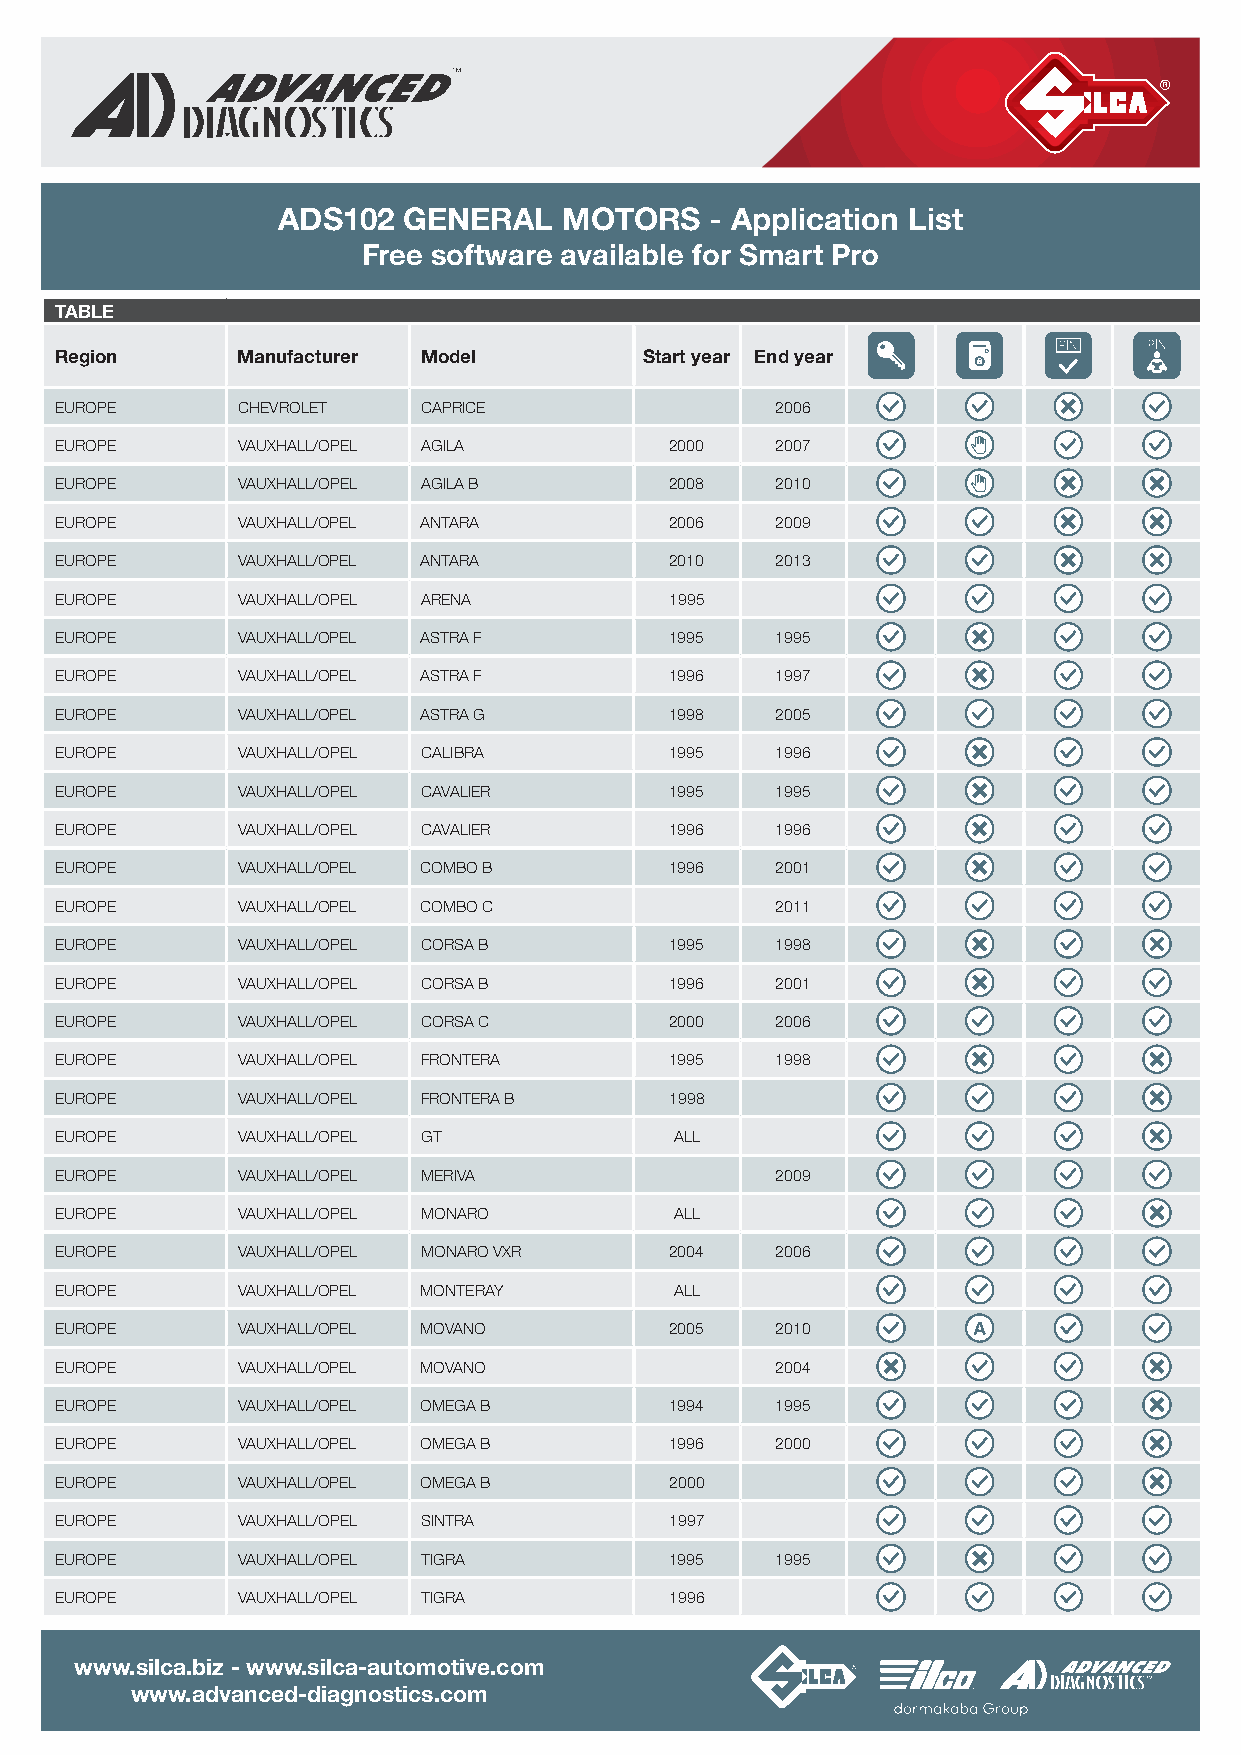
ADS102   GENERAL   MOTORS    - Application List
 Free software available for Smart Pro
 TABLE
 Region      Manufacturer Model         Start year End year
 EUROPE      CHEVROLET   CAPRICE                2006
 EUROPE      VAUXHALL/OPEL AGILA         2000   2007
 EUROPE      VAUXHALL/OPEL AGILA B       2008   2010
 EUROPE      VAUXHALL/OPEL ANTARA        2006   2009
 EUROPE      VAUXHALL/OPEL ANTARA        2010   2013
 EUROPE      VAUXHALL/OPEL ARENA         1995
 EUROPE      VAUXHALL/OPEL ASTRA F       1995   1995
 EUROPE      VAUXHALL/OPEL ASTRA F       1996   1997
 EUROPE      VAUXHALL/OPEL ASTRA G       1998   2005
 EUROPE      VAUXHALL/OPEL CALIBRA       1995   1996
 EUROPE      VAUXHALL/OPEL CAVALIER      1995   1995
 EUROPE      VAUXHALL/OPEL CAVALIER      1996   1996
 EUROPE      VAUXHALL/OPEL COMBO B       1996   2001
 EUROPE      VAUXHALL/OPEL COMBO C              2011
 EUROPE      VAUXHALL/OPEL CORSA B       1995   1998
 EUROPE      VAUXHALL/OPEL CORSA B       1996   2001
 EUROPE      VAUXHALL/OPEL CORSA C       2000   2006
 EUROPE      VAUXHALL/OPEL FRONTERA      1995   1998
 EUROPE      VAUXHALL/OPEL FRONTERA B    1998
 EUROPE      VAUXHALL/OPEL GT             ALL
 EUROPE      VAUXHALL/OPEL MERIVA               2009
 EUROPE      VAUXHALL/OPEL MONARO         ALL
 EUROPE      VAUXHALL/OPEL MONARO VXR    2004   2006
 EUROPE      VAUXHALL/OPEL MONTERAY       ALL
 EUROPE      VAUXHALL/OPEL MOVANO        2005   2010
 EUROPE      VAUXHALL/OPEL MOVANO               2004
 EUROPE      VAUXHALL/OPEL OMEGA B       1994   1995
 EUROPE      VAUXHALL/OPEL OMEGA B       1996   2000
 EUROPE      VAUXHALL/OPEL OMEGA B       2000
 EUROPE      VAUXHALL/OPEL SINTRA        1997
 EUROPE      VAUXHALL/OPEL TIGRA         1995   1995
 EUROPE      VAUXHALL/OPEL TIGRA         1996
 www.silca.biz - www.silca-automotive.com
 www.advanced-diagnostics.com